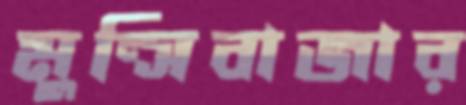
মুন্সিবাজার